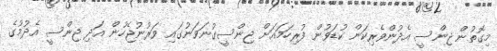
މިގޮތުން ޖިންސީ އެދުންވެރިކަން ކުޑަވުން ފުރިހަމައަށް ޖިންސީގުނަވަނުގައި ވަރުނުޖެހުން އަދި ޖިންސީ އެދުމުގެ